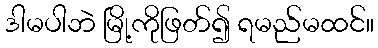
ဒါမပါဘဲ မြို့ကိုဖြတ်၍ ရမည်မထင်။